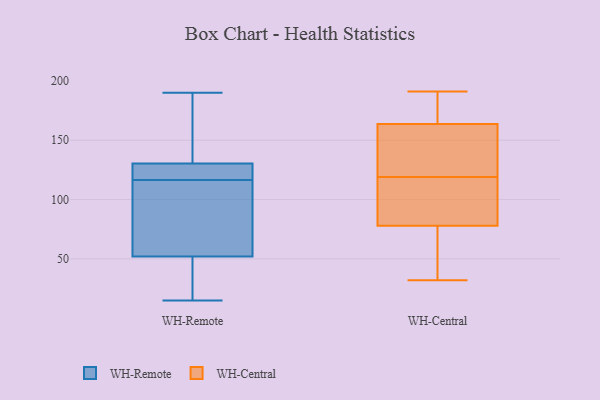
{"axis": {"x": "Energy Usage (MWh)", "y": "Value"}, "legend": ["WH-Central", "WH-Remote"], "data": [{"x": "", "y": 62, "type": "WH-Remote"}, {"x": "", "y": 72, "type": "WH-Remote"}, {"x": "", "y": 190, "type": "WH-Remote"}, {"x": "", "y": 123, "type": "WH-Remote"}, {"x": "", "y": 133, "type": "WH-Remote"}, {"x": "", "y": 171, "type": "WH-Remote"}, {"x": "", "y": 118, "type": "WH-Remote"}, {"x": "", "y": 42, "type": "WH-Remote"}, {"x": "", "y": 115, "type": "WH-Remote"}, {"x": "", "y": 128, "type": "WH-Remote"}, {"x": "", "y": 15, "type": "WH-Remote"}, {"x": "", "y": 25, "type": "WH-Remote"}, {"x": "", "y": 32, "type": "WH-Central"}, {"x": "", "y": 126, "type": "WH-Central"}, {"x": "", "y": 169, "type": "WH-Central"}, {"x": "", "y": 96, "type": "WH-Central"}, {"x": "", "y": 87, "type": "WH-Central"}, {"x": "", "y": 191, "type": "WH-Central"}, {"x": "", "y": 81, "type": "WH-Central"}, {"x": "", "y": 63, "type": "WH-Central"}, {"x": "", "y": 65, "type": "WH-Central"}, {"x": "", "y": 138, "type": "WH-Central"}, {"x": "", "y": 125, "type": "WH-Central"}, {"x": "", "y": 106, "type": "WH-Central"}, {"x": "", "y": 77, "type": "WH-Central"}, {"x": "", "y": 119, "type": "WH-Central"}, {"x": "", "y": 148, "type": "WH-Central"}, {"x": "", "y": 185, "type": "WH-Central"}, {"x": "", "y": 191, "type": "WH-Central"}, {"x": "", "y": 45, "type": "WH-Central"}, {"x": "", "y": 181, "type": "WH-Central"}]}